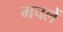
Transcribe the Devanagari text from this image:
मचलें